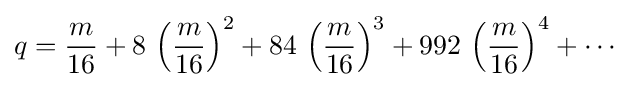
q={\frac {m}{16}}+8\,\left({\frac {m}{16}}\right)^{2}+84\,\left({\frac {m}{16}}\right)^{3}+992\,\left({\frac {m}{16}}\right)^{4}+\cdots